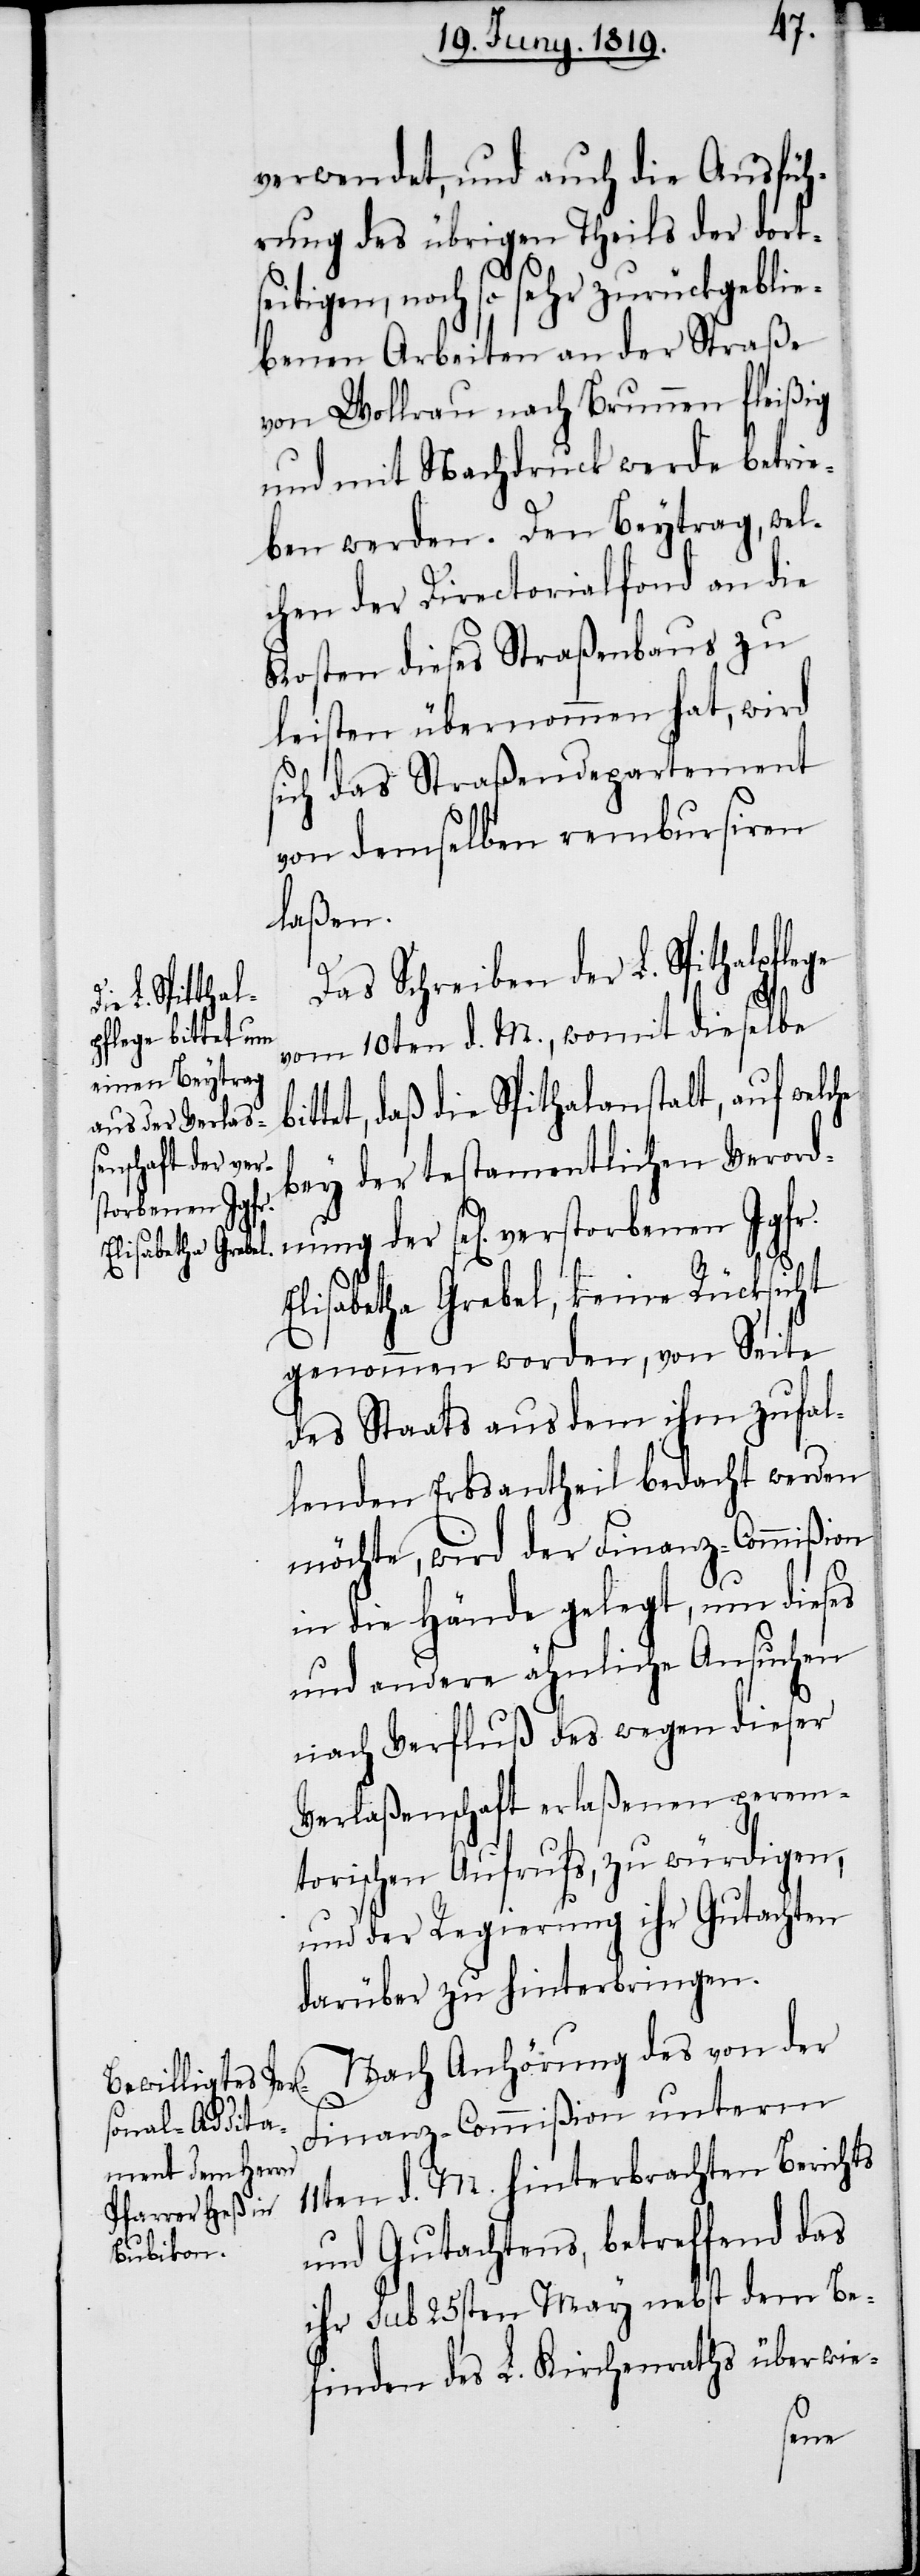
torbenen Jgfr.

verwendet, und auch die Ausfüh¬
rung des übrigen Theils der dorts¬
eitigen, noch so sehr zurückgeblie¬
benen Arbeiten an der Straße
von Wollrau nach Brunnen fleißig
und mit Nachdruck werde betrie¬
ben werden. Den Beytrag, wel¬
chen der Directorialfond an die
Kosten dieses Straßenbaus zu
leisten übernommen hat, wird
sich das Straßendepartement
von demselben rembursiren
laßen.
Das Schreiben der L. Spithalpflege
vers¬
vom 10ten d. M., womit dieselbe
ttet, daß die Spithalanstalt, auf wel¬
bey der testamentlichen Verord¬
Elisabetha Grebel, keine Rücksicht
genommen worden, von Seite
des Staats aus dem ihm zufal¬
lenden Erbsanteil bedacht werden
möchte, wird der Finanz-Commißion
in die Hände gelegt, um dieses
und andere ähnliche Ansuchen
nach Verfluß des wegen dieser
Verlaßenschaft erlaßenen perem¬
torischen Aufrufs, zu würdigen,
und der Regierung ihr Gutachten
darüber zu hinterbringen.
Nach Anhörung des von der
Finanz-Commißion unterm
11ten d. M. hinterbrachten Berichts
und Gutachtens, betreffend das
ihr sub 25sten May nebst dem Be¬
finden des L. Kirchenraths überwie-
nung